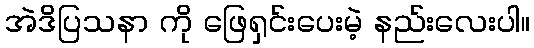
အဲဒိပြသနာ ကို ဖြေရှင်းပေးမဲ့ နည်းလေးပါ။